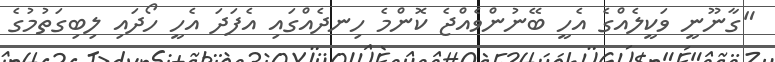
"ގާނޫނީ ވަކީލެއްގެ އެހީ ބޭނުންވެއްޖެ ކޮންމެ ހިނދެއްގައި އެފަދަ އެހީ ހޯދައި ލިބިގަތުމުގެ